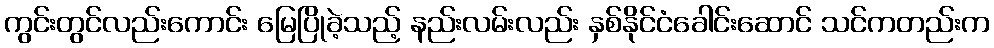
ကွင်းတွင်လည်းကောင်း မြေပြိုခဲ့သည့် နည်းလမ်းလည်း နှစ်နိုင်ငံခေါင်းဆောင် သင်ကတည်းက